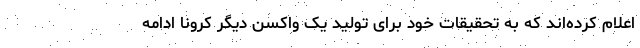
اعلام کرده‌اند که به تحقیقات خود برای تولید یک واکسن دیگر کرونا ادامه